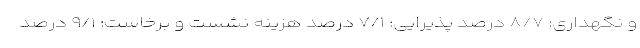
و نگهداری: ۸/۷ درصد پذیرایی: ۷/۱ درصد هزینه نشست و برخاست: ۹/۱ درصد